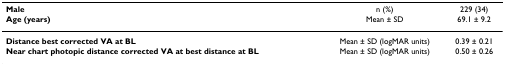
<table><thead><tr><td><b>Male</b></td><td><b>n (%)</b></td><td><b>229 (34)</b></td></tr><tr><td><b>Age (years)</b></td><td><b>Mean ± SD</b></td><td><b>69.1 ± 9.2</b></td></tr></thead><tbody><tr><td><b>Distance best corrected VA at BL</b></td><td>Mean ± SD (logMAR units)</td><td>0.39 ± 0.21</td></tr><tr><td><b>Near chart photopic distance corrected VA at best distance at BL</b></td><td>Mean ± SD (logMAR units)</td><td>0.50 ± 0.26</td></tr></tbody></table>